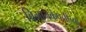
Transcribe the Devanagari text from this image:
विमानकंपनीच्या